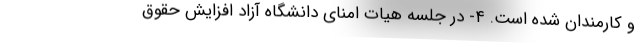
و کارمندان شده است. ۴- در جلسه هیات امنای دانشگاه آزاد افزایش حقوق